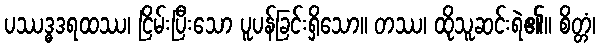
ပဿဒ္ဓဒရထဿ၊ ငြိမ်းပြီးသော ပူပန်ခြင်းရှိသော။ တဿ၊ ထိုသူဆင်းရဲ၏။ စိတ္တံ၊